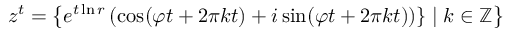
z ^ { t } = \left\{ e ^ { t \ln r } \, ( \cos ( \varphi t + 2 \pi k t ) + i \sin ( \varphi t + 2 \pi k t ) ) \} \mid k \in \mathbb { Z } \right\}